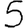
Digit: 5